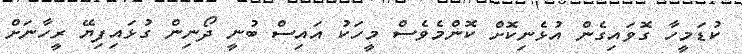
ކުޑަމީހާ ގޮވައިގެން އުޅެނިކޮށް ކޮންމެވެސް މީހަކު އައިސް ބުނީ ދޯނިން ގުޅައިފިޔޭ ރީހާނަށް